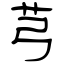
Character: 芎